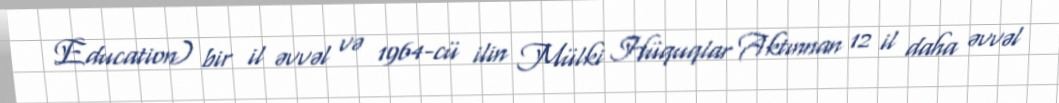
Education) bir il əvvəl və 1964-cü ilin Mülki Hüquqlar Aktınnan 12 il daha əvvəl